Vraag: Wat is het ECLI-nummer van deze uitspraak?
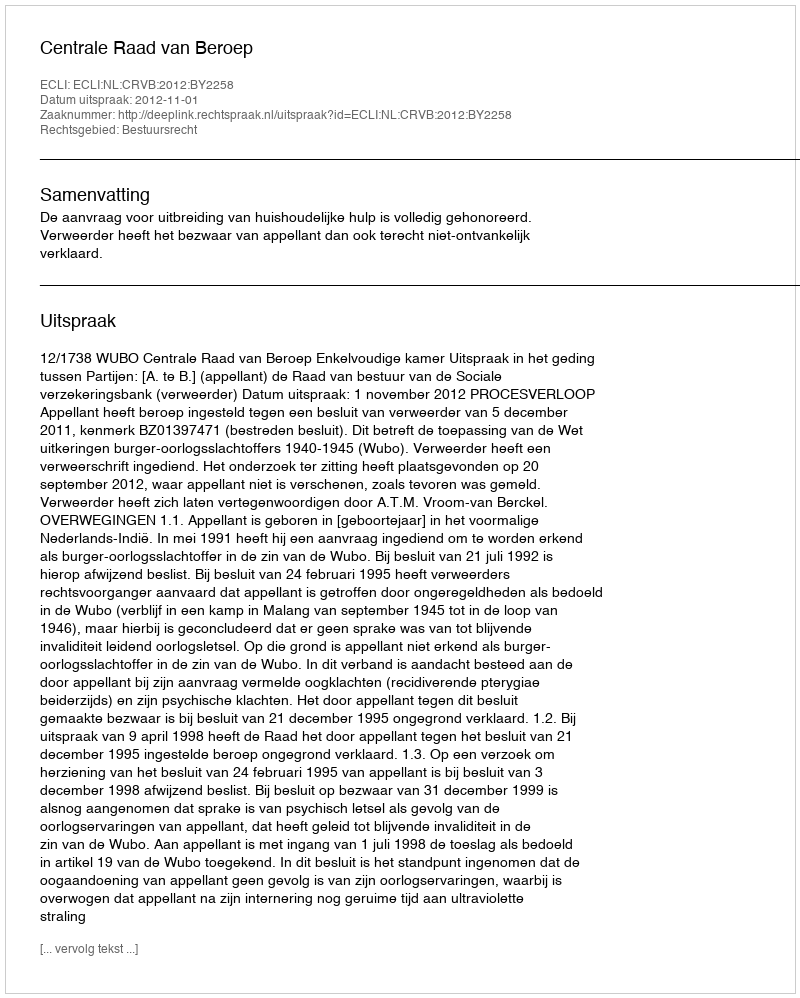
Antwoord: ECLI:NL:CRVB:2012:BY2258